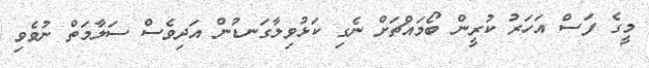
މީގެ ފަސް އަހަރު ކުރީން ބޯމައްޗަށް ނެގި ކަޅުވިލާގަނޑުން އަދިވެސް ސަލާމަތް ނުވެވި